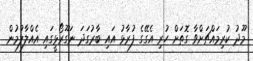
މޫދު ކުރިމައްޗަށްވާ ގޮތަށް ހުރި އެގޭގެ ފުރާޅު އައި ބާރުގަދަ ނަގޫރޯޅީގައި އެއްލާލުމުން